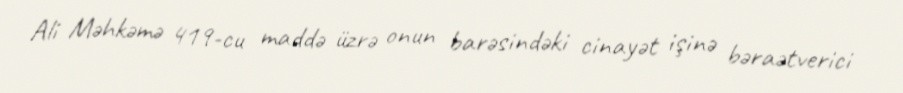
Ali Məhkəmə 419-cu maddə üzrə onun barəsindəki cinayət işinə bəraətverici